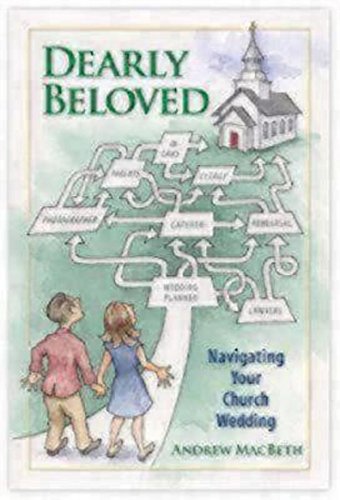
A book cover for Dearly Beloved: Navigating Your Church Wedding; Andrew MacBeth; Crafts, Hobbies & Home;